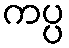
ကပ္ပ